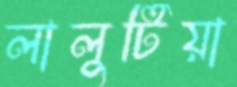
লালুটিয়া